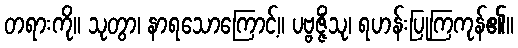
တရားကို။ သုတွာ၊ နာရသောကြောင့်။ ပဗ္ဗဇ္ဇိံသု၊ ရဟန်းပြုကြကုန်၏။